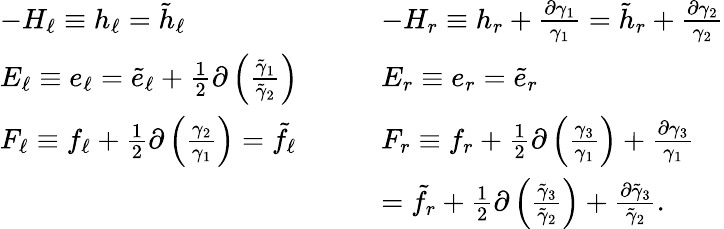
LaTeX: \begin{array}{ll}{-H_{\ell}\equiv h_{\ell}=\tilde{h}_{\ell}}&{-H_{r}\equiv h_{r}+\frac{\partial\gamma_{1}}{\gamma_{1}}=\tilde{h}_{r}+\frac{\partial\gamma_{2}}{\gamma_{2}}}\\ {E_{\ell}\equiv e_{\ell}=\tilde{e}_{\ell}+\frac{1}{2}\partial\left(\frac{\tilde{\gamma}_{1}}{\tilde{\gamma}_{2}}\right)}&{E_{r}\equiv e_{r}=\tilde{e}_{r}}\\ {F_{\ell}\equiv f_{\ell}+\frac{1}{2}\partial\left(\frac{\gamma_{2}}{\gamma_{1}}\right)=\tilde{f}_{\ell}{\quad\quad}}&{F_{r}\equiv f_{r}+\frac{1}{2}\partial\left(\frac{\gamma_{3}}{\gamma_{1}}\right)+\frac{\partial\gamma_{3}}{\gamma_{1}}}\\ &{=\tilde{f}_{r}+\frac{1}{2}\partial\left(\frac{\tilde{\gamma}_{3}}{\tilde{\gamma}_{2}}\right)+\frac{\partial\tilde{\gamma}_{3}}{\tilde{\gamma}_{2}}.}\end{array}